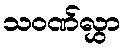
သဝဏ်လွှာ